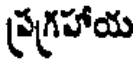
ప్రగ్రహాయ